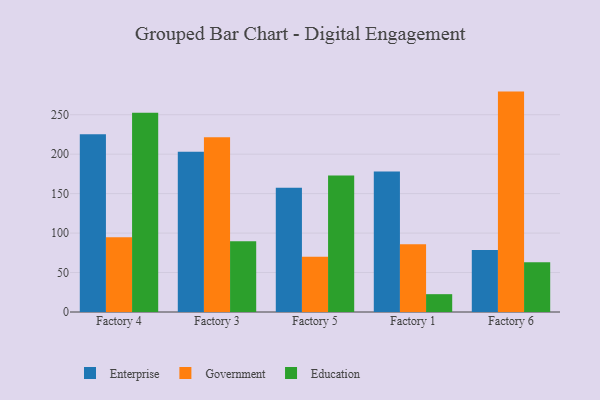
{"axis": {"x": "Factory", "y": "Customer Acquisition Cost (USD)"}, "legend": ["Education", "Enterprise", "Government"], "data": [{"x": "Factory 4", "y": 225.4, "type": "Enterprise"}, {"x": "Factory 4", "y": 94.8, "type": "Government"}, {"x": "Factory 4", "y": 252.4, "type": "Education"}, {"x": "Factory 3", "y": 203.2, "type": "Enterprise"}, {"x": "Factory 3", "y": 221.4, "type": "Government"}, {"x": "Factory 3", "y": 89.7, "type": "Education"}, {"x": "Factory 5", "y": 157.6, "type": "Enterprise"}, {"x": "Factory 5", "y": 70.1, "type": "Government"}, {"x": "Factory 5", "y": 172.9, "type": "Education"}, {"x": "Factory 1", "y": 178.1, "type": "Enterprise"}, {"x": "Factory 1", "y": 85.7, "type": "Government"}, {"x": "Factory 1", "y": 22.6, "type": "Education"}, {"x": "Factory 6", "y": 78.5, "type": "Enterprise"}, {"x": "Factory 6", "y": 279.3, "type": "Government"}, {"x": "Factory 6", "y": 63.0, "type": "Education"}]}